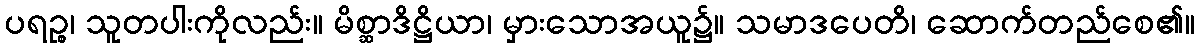
ပရဉ္စ၊ သူတပါးကိုလည်း။ မိစ္ဆာဒိဋ္ဌိယာ၊ မှားသောအယူ၌။ သမာဒပေတိ၊ ဆောက်တည်စေ၏။